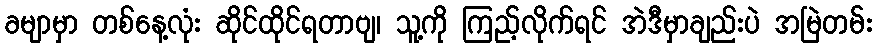
ခမျာမှာ တစ်နေ့လုံး ဆိုင်ထိုင်ရတာဗျ၊ သူ့ကို ကြည့်လိုက်ရင် အဲဒီမှာချည်းပဲ အမြဲတမ်း